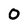
Character: 0